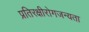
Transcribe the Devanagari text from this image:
प्रतिरक्षीरोगजन्यता